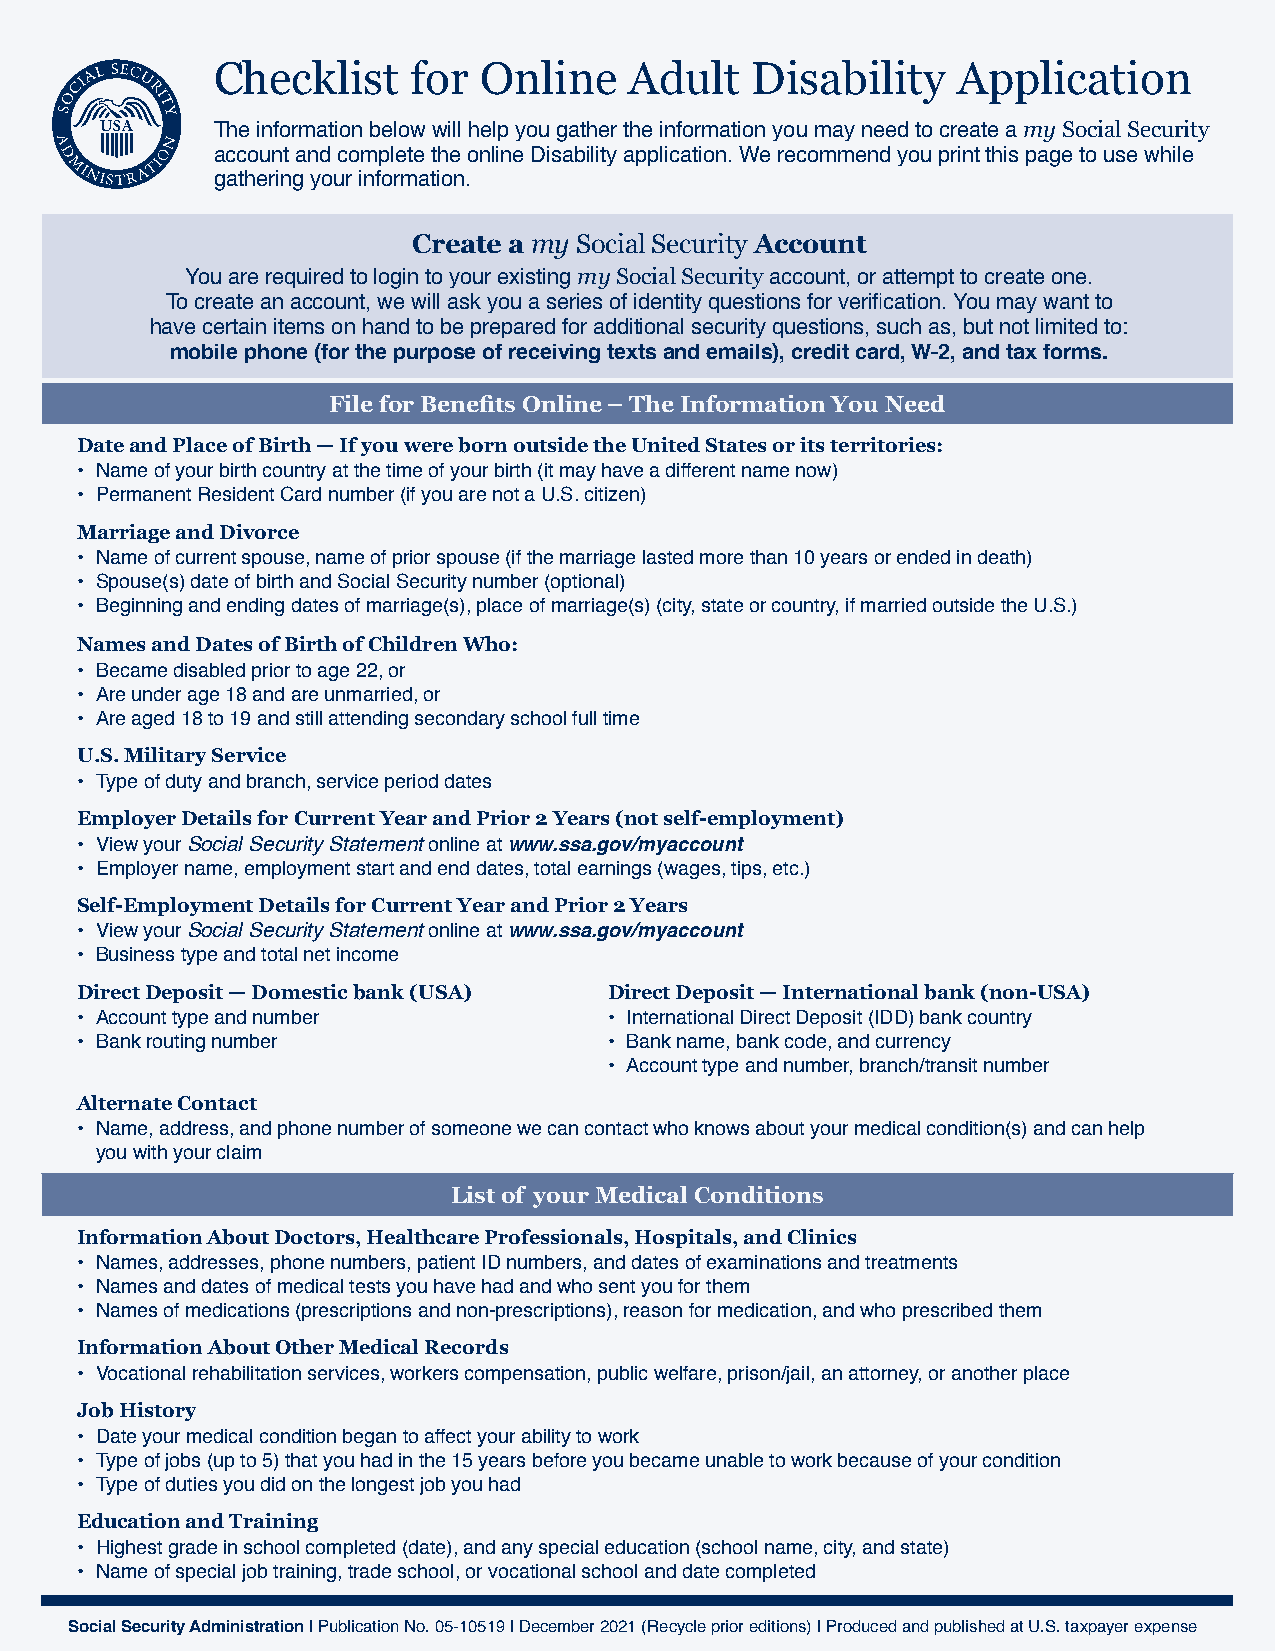
Checklist    for  Online    Adult   Disability   Application
 The information below will help you gather the information you may need to create a my Social Security
 account and complete the online Disability application. We recommend you print this page to use while
 gathering your information.
 Create a my Social Security Account
 You are required to login to your existing my Social Security account, or attempt to create one.
 To create an account, we will ask you a series of identity questions for verification. You may want to
 have certain items on hand to be prepared for additional security questions, such as, but not limited to:
 mobile phone (for the purpose of receiving texts and emails), credit card, W-2, and tax forms.
 File for Benefits Online – The Information You Need
 Date and Place of Birth — If you were born outside the United States or its territories:
 • Name of your birth country at the time of your birth (it may have a different name now)
 • Permanent Resident Card number (if you are not a U.S. citizen)
 Marriage and Divorce
 • Name of current spouse, name of prior spouse (if the marriage lasted more than 10 years or ended in death)
 • Spouse(s) date of birth and Social Security number (optional)
 • Beginning and ending dates of marriage(s), place of marriage(s) (city, state or country, if married outside the U.S.)
 Names and Dates of Birth of Children Who:
 • Became disabled prior to age 22, or
 • Are under age 18 and are unmarried, or
 • Are aged 18 to 19 and still attending secondary school full time
 U.S. Military Service
 • Type of duty and branch, service period dates
 Employer Details for Current Year and Prior 2 Years (not self-employment)
 • View your Social Security Statement online at www.ssa.gov/myaccount
 • Employer name, employment start and end dates, total earnings (wages, tips, etc.)
 Self-Employment Details for Current Year and Prior 2 Years
 • View your Social Security Statement online at www.ssa.gov/myaccount
 • Business type and total net income
 Direct Deposit — Domestic bank (USA) Direct Deposit — International bank (non-USA)
 • Account type and number          • International Direct Deposit (IDD) bank country
 • Bank routing number              • Bank name, bank code, and currency
 • Account type and number, branch/transit number
 Alternate Contact
 • Name, address, and phone number of someone we can contact who knows about your medical condition(s) and can help
 you with your claim
 List of your Medical Conditions
 Information About Doctors, Healthcare Professionals, Hospitals, and Clinics
 • Names, addresses, phone numbers, patient ID numbers, and dates of examinations and treatments
 • Names and dates of medical tests you have had and who sent you for them
 • Names of medications (prescriptions and non-prescriptions), reason for medication, and who prescribed them
 Information About Other Medical Records
 • Vocational rehabilitation services, workers compensation, public welfare, prison/jail, an attorney, or another place
 Job History
 • Date your medical condition began to affect your ability to work
 • Type of jobs (up to 5) that you had in the 15 years before you became unable to work because of your condition
 • Type of duties you did on the longest job you had
 Education and Training
 • Highest grade in school completed (date), and any special education (school name, city, and state)
 • Name of special job training, trade school, or vocational school and date completed
 Social Security Administration | Publication No. 05-10519 | December 2021 (Recycle prior editions) | Produced and published at U.S. taxpayer expense